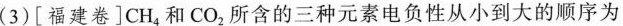
(3)[福建卷]CH_{4}和CO_{2}所含的三种元素电负性从小到大的顺序为